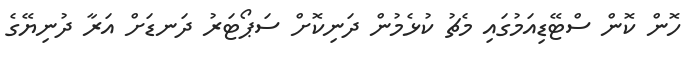
ހޮން ކޮން ސްޓޭޑިއަމުގައި މެޗު ކުޅެމުން ދަނިކޮށް ސަޕޯޓަރު ދަނޑަށް އަރާ ދުނިޔޭގެ